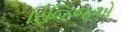
રિજિજૂએ